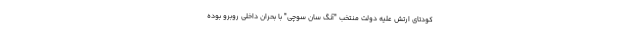
کودتای ارتش علیه دولت منتخب "آنگ سان سوچی" با بحران داخلی روبرو بوده